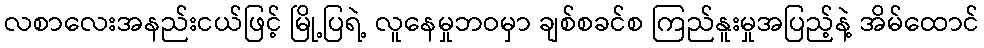
လစာလေးအနည်းငယ်ဖြင့် မြို့ပြရဲ့ လူနေမှုဘဝမှာ ချစ်စခင်စ ကြည်နူးမှုအပြည့်နဲ့ အိမ်ထောင်